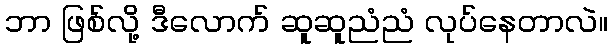
ဘာ ဖြစ်လို့ ဒီလောက် ဆူဆူညံညံ လုပ်နေတာလဲ။